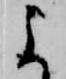
よ